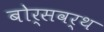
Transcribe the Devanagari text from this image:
बोर्सवर्थ